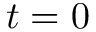
t = 0